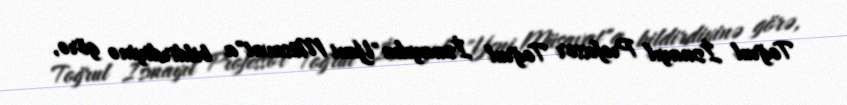
Toğrul İsmayıl Professor Toğrul İsmayılın"Yeni Müsavat"a bildirdiyinə görə,